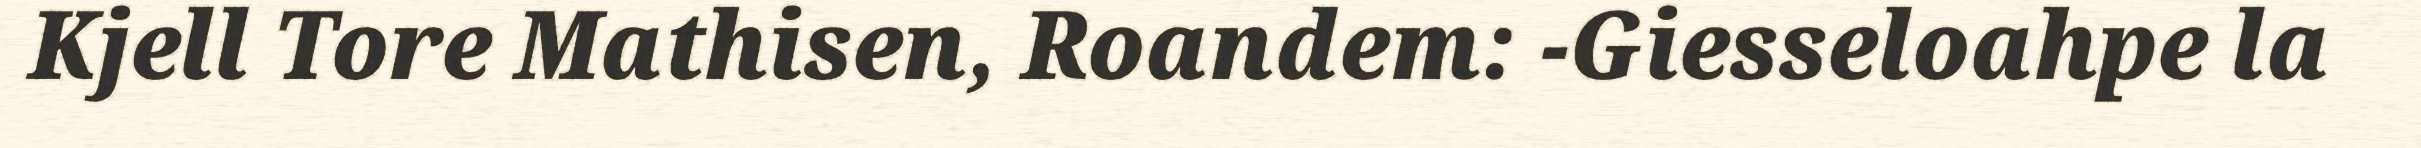
Kjell Tore Mathisen, Roandem: -Giesseloahpe la